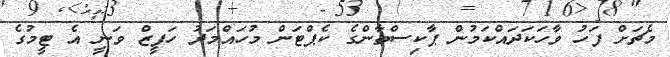
މެޗަށް ފަހު ވާހަކަދައްކަމުން ޕާކިސްތާންގެ ކެޕްޓަން މުހައްމަދު ހަފީޒް ވަނީ އެ ޓީމުގެ